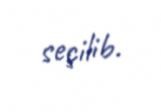
seçilib.